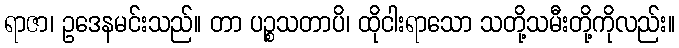
ရာဇာ၊ ဥဒေနမင်းသည်။ တာ ပဉ္စသတာပိ၊ ထိုငါးရာသော သတို့သမီးတို့ကိုလည်း။